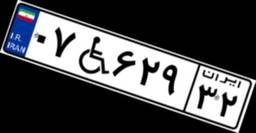
۰۷W۶۲۹۳۲